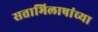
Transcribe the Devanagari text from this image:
सत्ताभिलाषांच्या